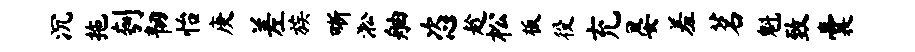
沉拖刳韧怡庚差族晰淞舳恣趁松板役充晏羞茗魁致囊